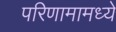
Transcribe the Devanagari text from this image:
परिणामामध्ये